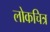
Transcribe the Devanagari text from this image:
लोकचित्र